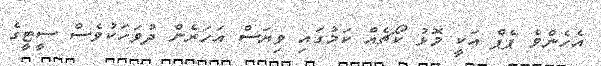
އެހެންވެ ޕެޕް އަކީ މޮޅު ކޯޗެއް ކަމުގައި ވިޔަސް އަހަރެން ދުވަހަކުވެސް ސީޓީގެ